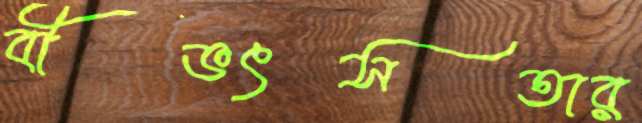
বীভৎসতার